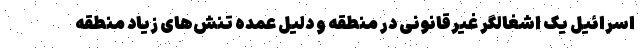
اسرائیل یک اشغالگر غیرقانونی در منطقه و دلیل عمده تنش‌های زیاد منطقه